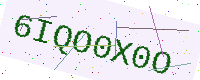
Text: 6IQO0X0O